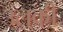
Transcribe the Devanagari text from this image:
उलकी